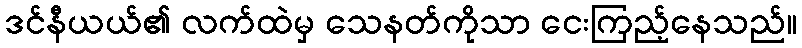
ဒင်နီယယ်၏ လက်ထဲမှ သေနတ်ကိုသာ ငေးကြည့်နေသည်။